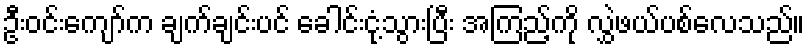
ဦးဝင်းကျော်က ချက်ချင်းပင် ခေါင်းငုံ့သွားပြီး အကြည့်ကို လွှဲဖယ်ပစ်လေသည်။